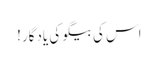
اس کی بیگو کی یادگار!